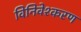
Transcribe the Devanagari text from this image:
विनिवेश्करण